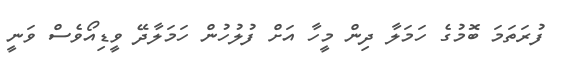
ފުރަތަމަ ބޮމުގެ ހަމަލާ ދިން މީހާ އަށް ފުލުހުން ހަމަލާދޭ ވީޑިއޯވެސް ވަނީ